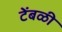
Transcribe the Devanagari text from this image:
टेंबळी